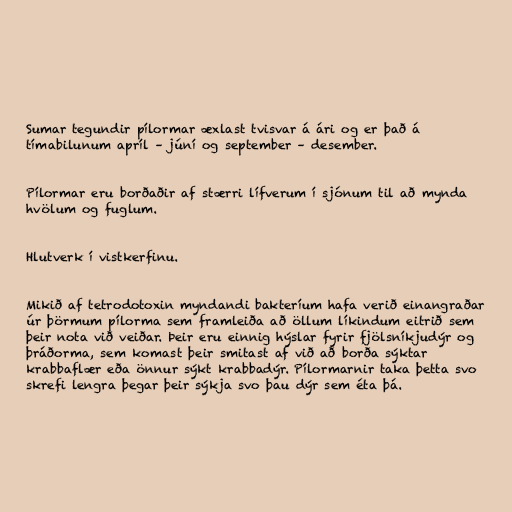
Sumar tegundir pílormar æxlast tvisvar á ári og er það á
tímabilunum apríl – júní og september – desember.

Pílormar eru borðaðir af stærri lífverum í sjónum til að mynda
hvölum og fuglum.

Hlutverk í vistkerfinu.

Mikið af tetrodotoxin myndandi bakteríum hafa verið einangraðar
úr þörmum pílorma sem framleiða að öllum líkindum eitrið sem
þeir nota við veiðar. Þeir eru einnig hýslar fyrir fjölsníkjudýr og
þráðorma, sem komast þeir smitast af við að borða sýktar
krabbaflær eða önnur sýkt krabbadýr. Pílormarnir taka þetta svo
skrefi lengra þegar þeir sýkja svo þau dýr sem éta þá.